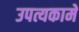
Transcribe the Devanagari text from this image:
उपत्यकामे